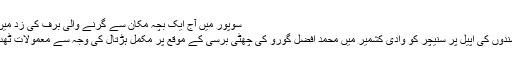
سوپور میں آج ایک بچہ مکان سے گرنے والی برف کی زد میں آکر جاں بحق ہوگیا
سرینگر/علیحدگی پسندوں کی اپیل پر سنیچر کو وادی کشمیر میں محمد افضل گورو کی چھٹی برسی کے موقع پر مکمل ہڑتال کی وجہ سے معمولات ٹھپ ہوکر رہ گئے ہیں۔